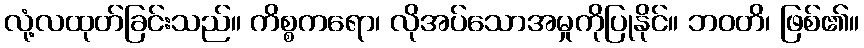
လုံ့လထုတ်ခြင်းသည်။ ကိစ္စကရော၊ လိုအပ်သောအမှုကိုပြုနိုင်။ ဘဝတိ၊ ဖြစ်၏။